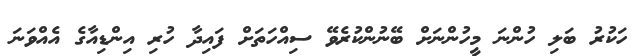
ހަކުރު ބަލި ހުންނަ މީހުންނަށް ބޭނުންކުރެވޭ ސިއްހަތަށް ފައިދާ ހުރި އިންޑިއާގެ އެއްވަނަ